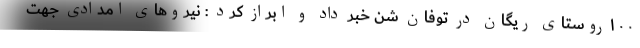
۱۰۰روستای ریگان در توفان شن خبر داد و ابراز کرد : نیروهای امدادی جهت